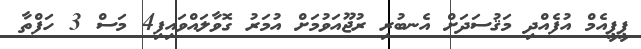
ޕީޕީއެމް އުފެއްދި މަޤުސަދަށް އެނބުރި ރުޖޫއަވުމަށް އުމަރު ގޮވާލައްވައިފި4 މަސް 3 ހަފްތާ